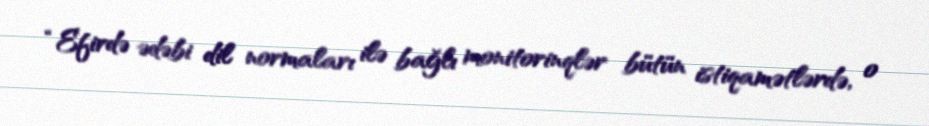
“Efirdə ədəbi dil normaları ilə bağlı monitorinqlər bütün istiqamətlərdə, o